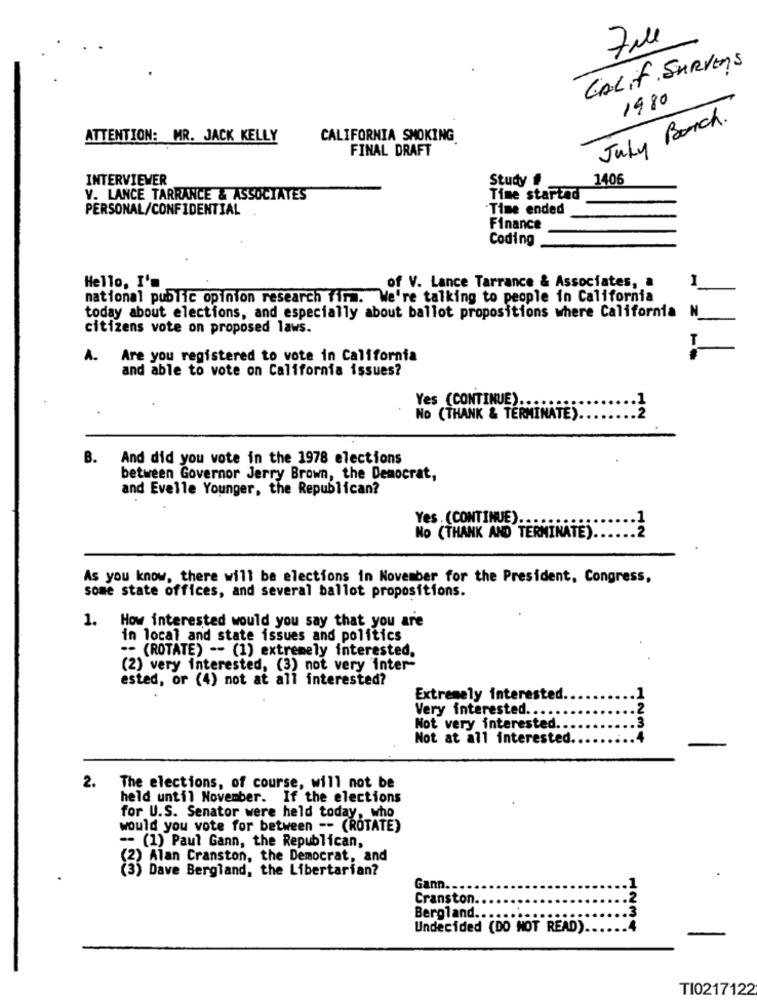
Full
CALif SURveys
1980
July Borch.
ATTENTION: MR. JACK KELLY
CALIFORNIA SMOKING
FINAL DRAFT
INTERVIEWER
Study #
1406
V. LANCE TARRANCE & ASSOCIATES
Time started
PERSONAL/CONFIDENTIAL
Time ended
Finance
Coding
Hello, I'm
of V. Lance Tarrance & Associates, a
national public opinion research firm. We're talking to people in California
N
today about elections, and especially about ballot propositions where California
citizens vote on proposed laws.
A.
Are you registered to vote in California
and able to vote on California issues?
Yes (CONTINUE) ..
No (THANK & TERMINATE).
:2
B. And did you vote in the 1978 elections
between Governor Jerry Brown, the Democrat,
and Evelle Younger, the Republican?
Yes . (CONTINUE).
:::: 2
No (THANK AND TERMINATE).
As you know, there will be elections in November for the President, Congress,
some state offices, and several ballot propositions.
1. How interested would you say that you are
in local and state issues and politics
-- (ROTATE) -- (1) extremely interested,
(2) very interested, (3) not very inter-
ested, or (4) not at all interested?
Extremely interested
Very interested ..
Not very interested ...
Not at all interested.
1234
2. The elections, of course, will not be
held until November. If the elections
for U.S. Senator were held today, who
would you vote for between -- (ROTATE)
-- (1) Paul Gann, the Republican,
(2) Alan Cranston, the Democrat, and
(3) Dave Bergland, the Libertarian?
Gann ...
Cranston.
Bergland.
Undecided (DO NOT READ).
1234
TI0217122